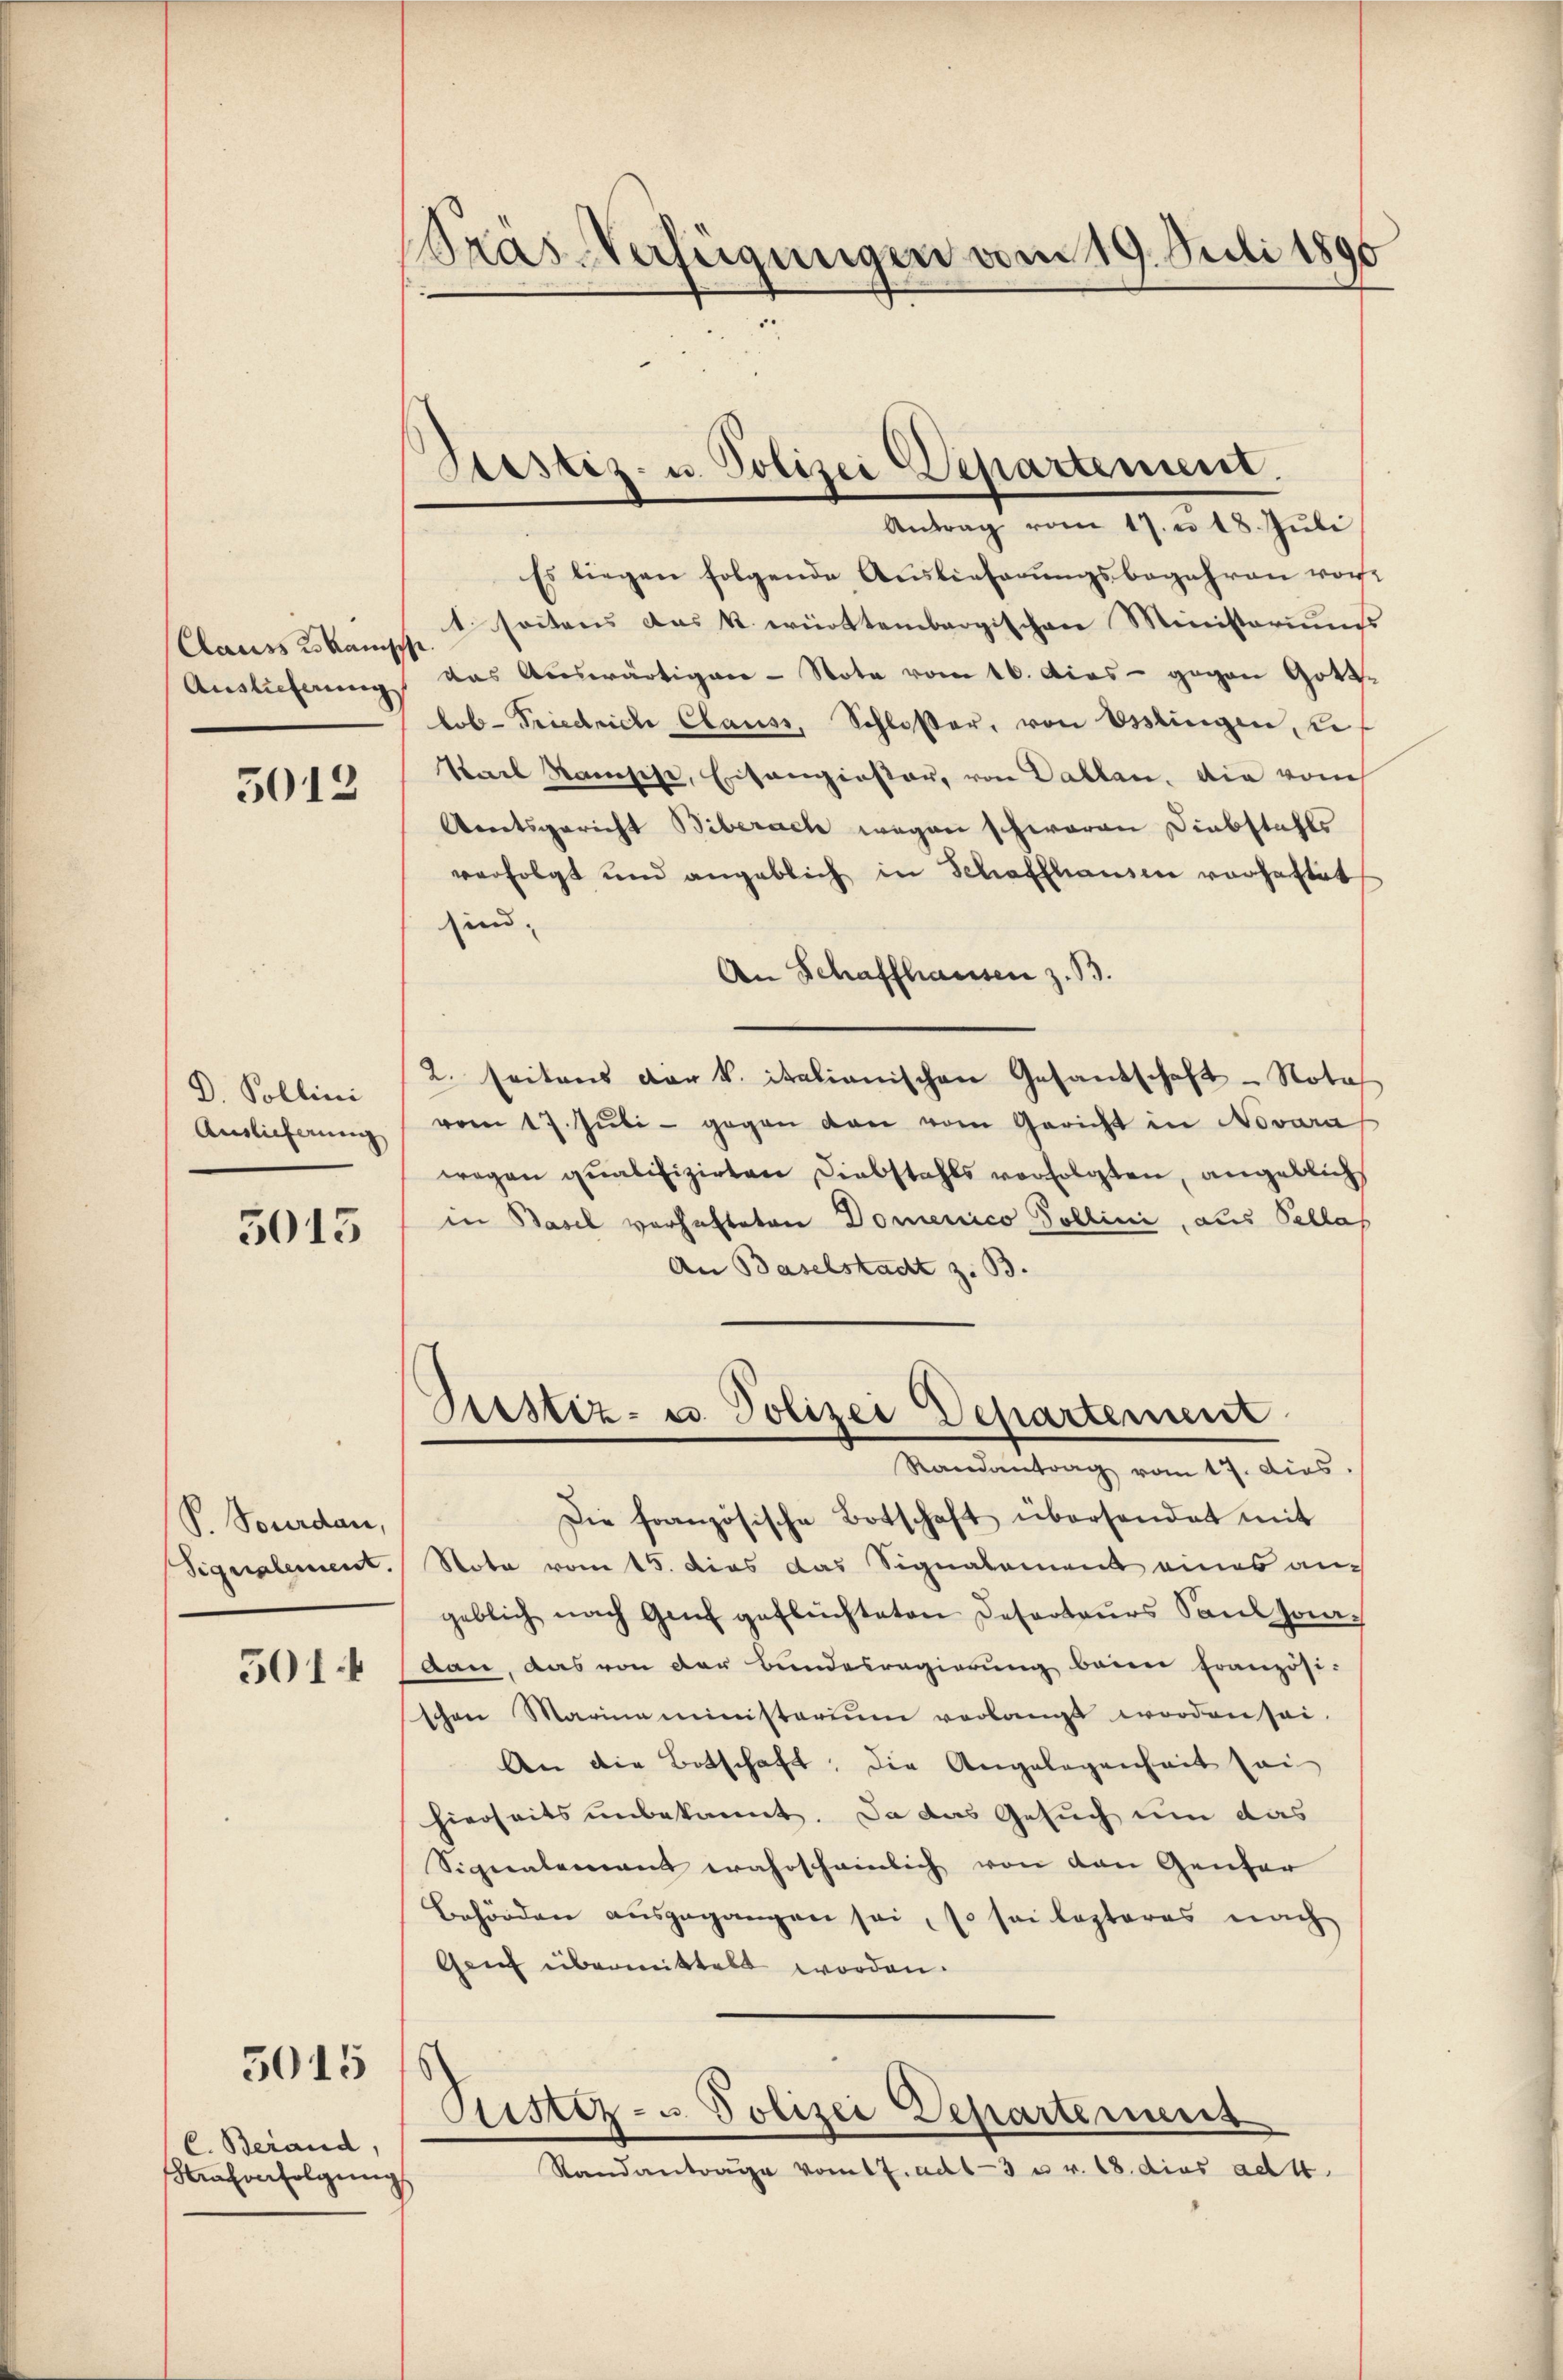
Clauss es kanisch
Auslieferung

3012

D. Pollini
Auslieferung

3013

P. Tourdan,
Signalement.

501 f

5015 16

C. Berand,
Strafverfolgen

Präs-Verfügungen vom 19. Juli 1890

Destiz- u. Polizei Departement.
Antrag vom 17. u 18. Juli

Es liegen folgende Auslieferŭngsbegehren vor
t seitens das k. württembergischen Ministeriums
das Auswärtigen-Note vom 16. Dies - gegen Gott
lob-Friedrich Clauss, Schloßer, von Ossingen, u
Tael Ramsehe, Eritanginster, von Dallen. Die vom
Arnetsgericht Biberach wegen schwaren Diebstahls
verfolgt und angeblich in Schaffhausen vorhattet
sind.
An Schaffhausen z. B.
2. seitens der k. italianischen Gesandschaft - Nota
vom 17. Jŭli - gegen dan vom Gericht in Novara
wegen qualifizirten Diebstahls verfolgten, angeblichs
in Basel verhafteten Domenico Pollini, aus Pallas
An Baselstadt z. B.
Zustiz- u. Polizei Departement
Randantrag vom 17. dies
Die französische Botschaft übersendet mit
Note vom 15. dies das Signalement eines auch
geblich nach Genf geflüchteten Deserteurs Sand Joaban, das von der Bundesregierŭng beim französi-
schen Marina ministerium verlangt worden sei.
An die Botschaft, die Angelegenheit sei
hierseits unbekannt. Da das Gesuch um das
Signalemant wahrscheinlich von den Ganter
Behörden ausgegangen sei, so sei lezteres nach
Genf übermittelt worden.
Sistiz- u Polizei Departemens
Standantrage vom 17. ad 1-3 u v. 18. dies ad 4.